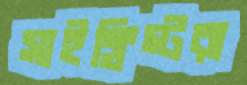
সাইক্লিস্টরা